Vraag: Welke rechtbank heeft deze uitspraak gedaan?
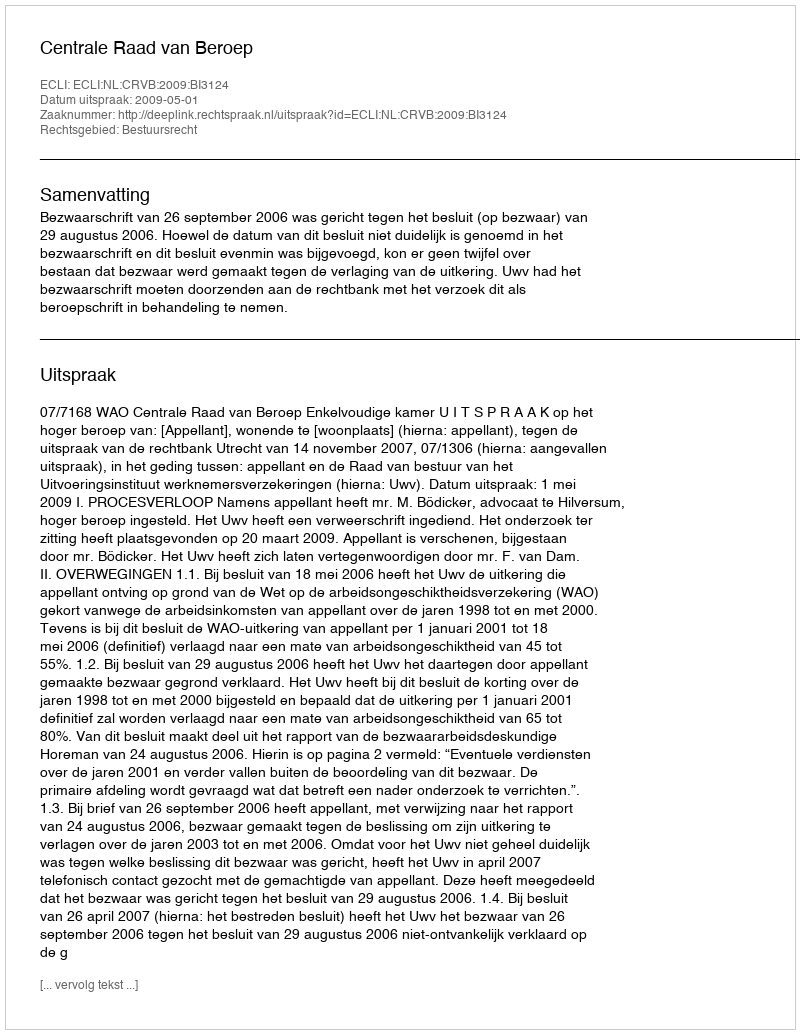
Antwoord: Centrale Raad van Beroep